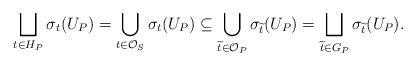
LaTeX: \begin{align*} \bigsqcup_{t\in H_P} \sigma_t(U_P) = \bigcup_{t\in \mathcal{O}_S} \sigma_t(U_P) \subseteq \bigcup_{\widetilde{t}\in \mathcal{O}_P} \sigma_{\widetilde{t}}(U_P) = \bigsqcup_{\widetilde{t}\in G_P} \sigma_{\widetilde{t}}(U_P). \end{align*}